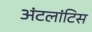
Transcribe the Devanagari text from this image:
अंटलांटिस